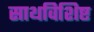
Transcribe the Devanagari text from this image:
साथविशिष्ट